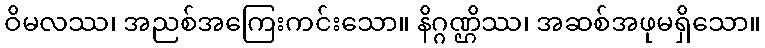
ဝိမလဿ၊ အညစ်အကြေးကင်းသော။ နိဂ္ဂဏ္ဌိဿ၊ အဆစ်အဖုမရှိသော။